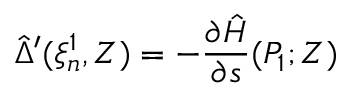
\hat { \Delta } ^ { \prime } ( \xi _ { n } ^ { 1 } , Z ) = - \frac { \partial \hat { H } } { \partial s } ( P _ { 1 } ; Z )